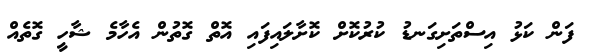
ފަން ކަޅު އިސްތަށިގަނޑު ކުރުކޮށް ކޮށާލައިފައި އޮތް ގޮތުން އެހާމެ ޝާހީ ގޮތެއް